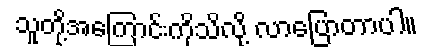
သူတို့အကြောင်းကိုသိလို့ လာပြောတာပါ။